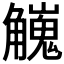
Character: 𧥇